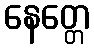
နေတ္တေ